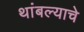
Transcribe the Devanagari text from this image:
थांबल्याचे